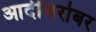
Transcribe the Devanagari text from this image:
आदींबरोबर